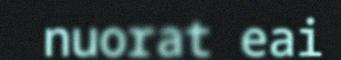
nuorat eai